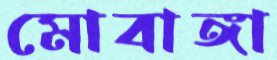
মোবাঙ্গা